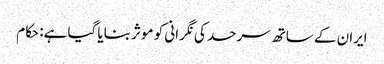
ایران کے ساتھ سرحد کی نگرانی کو موثر بنایا گیا ہے: حکام